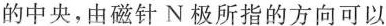
的中央，由磁针N极所指的方向可以